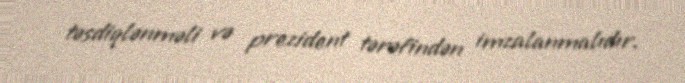
təsdiqlənməli və prezident tərəfindən imzalanmalıdır.